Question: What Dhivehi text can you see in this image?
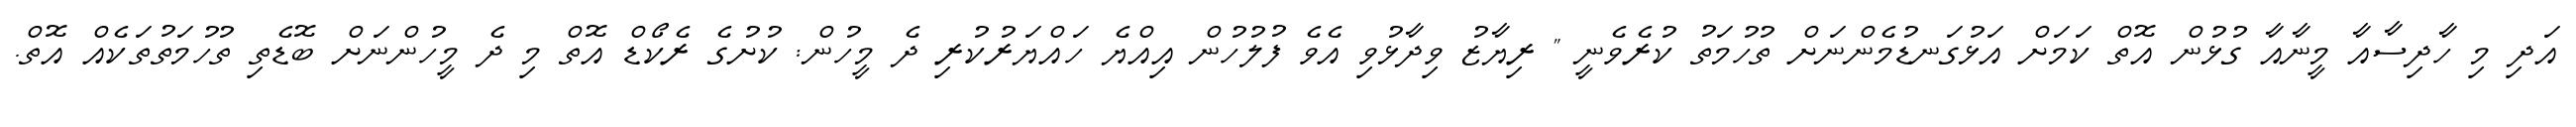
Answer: އަދި މި ހާދިސާއާ މީނާއާ ގުޅުން އޮތް ކަމަށް އަޅުގަނޑުމެންނަށް ތުހުމަތު ކުރެވެނީ " ރިޔާޒު ވިދާޅުވި އެވެ ފުލުހުން އިއްޔެ ހައްޔަރުކުރި ދެ މީހުން: ކުށުގެ ރެކޯޑް އޮތް މި ދެ މީހުންނަށް ބޮޑެތި ތުހުމަތުތަކެއް އޮތް.